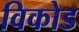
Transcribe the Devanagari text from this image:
विकोड